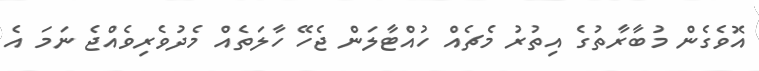
އޮވެގެން މުބާރާތުގެ އިތުރު މެޗެއް ހުއްޓާލަން ޖެހޭ ހާލަތެއް މެދުވެރިވެއްޖެ ނަމަ އެ